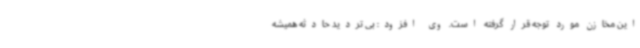
این مخازن مورد توجه قرار گرفته است. وی افزود: بی تردید حادثه همیشه